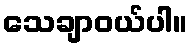
သေချာဝယ်ပါ။